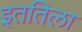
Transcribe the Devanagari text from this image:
इततिला